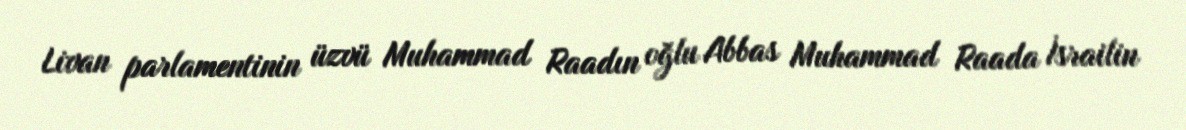
Livan parlamentinin üzvü Muhammad Raadın oğlu Abbas Muhammad Raada İsrailin